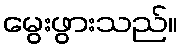
မွေးဖွားသည်။